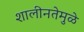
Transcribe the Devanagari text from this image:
शालीनतेमुळे